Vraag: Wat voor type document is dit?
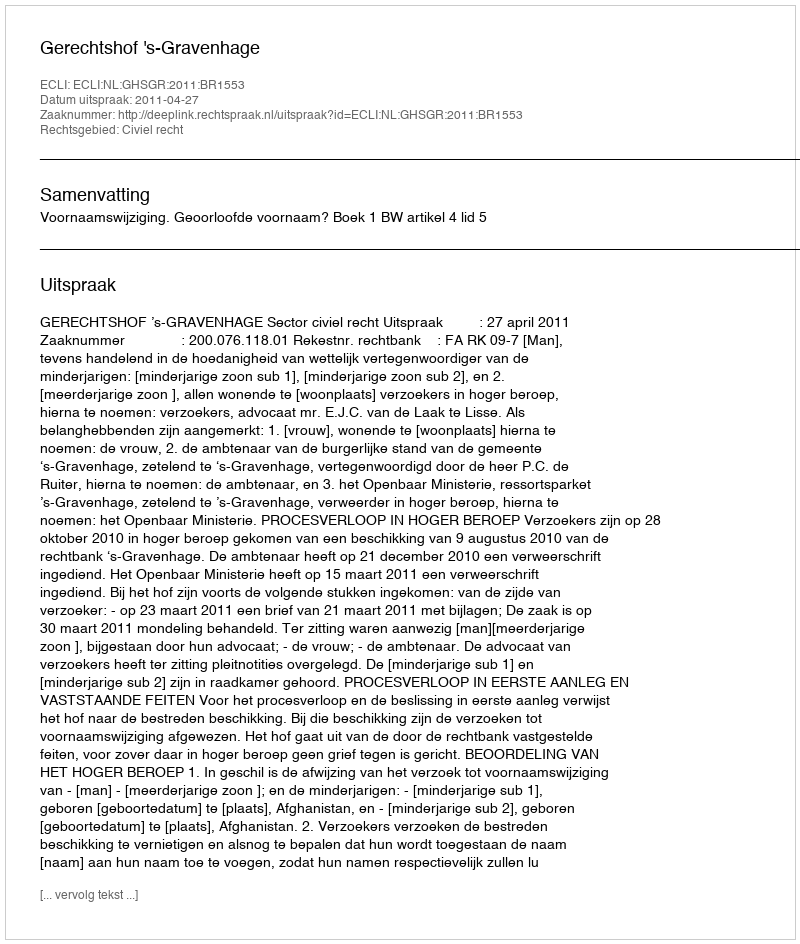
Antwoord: Uitspraak